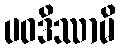
ပဝဒိဿာမိ